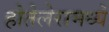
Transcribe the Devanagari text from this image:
होतेलेरामध्ये